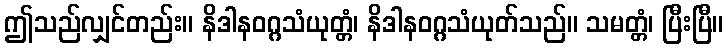
ဤသည်လျှင်တည်း။ နိဒါနဝဂ္ဂသံယုတ္တံ၊ နိဒါနဝဂ္ဂသံယုတ်သည်။ သမတ္တံ၊ ပြီးပြီ။